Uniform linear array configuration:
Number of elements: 48
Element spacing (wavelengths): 0.5
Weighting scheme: hamming
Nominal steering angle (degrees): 0
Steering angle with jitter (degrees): -1.539
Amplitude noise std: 0.05
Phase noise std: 0.05

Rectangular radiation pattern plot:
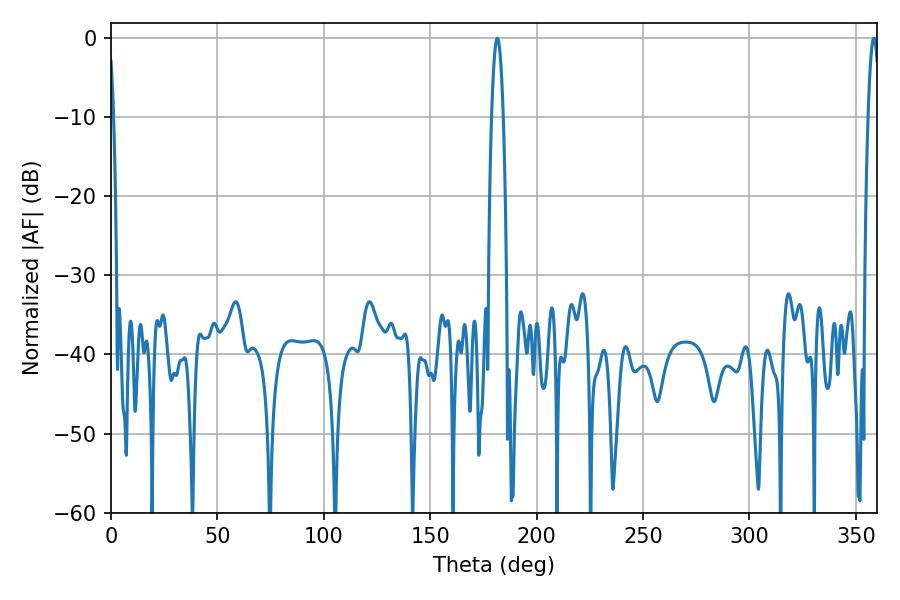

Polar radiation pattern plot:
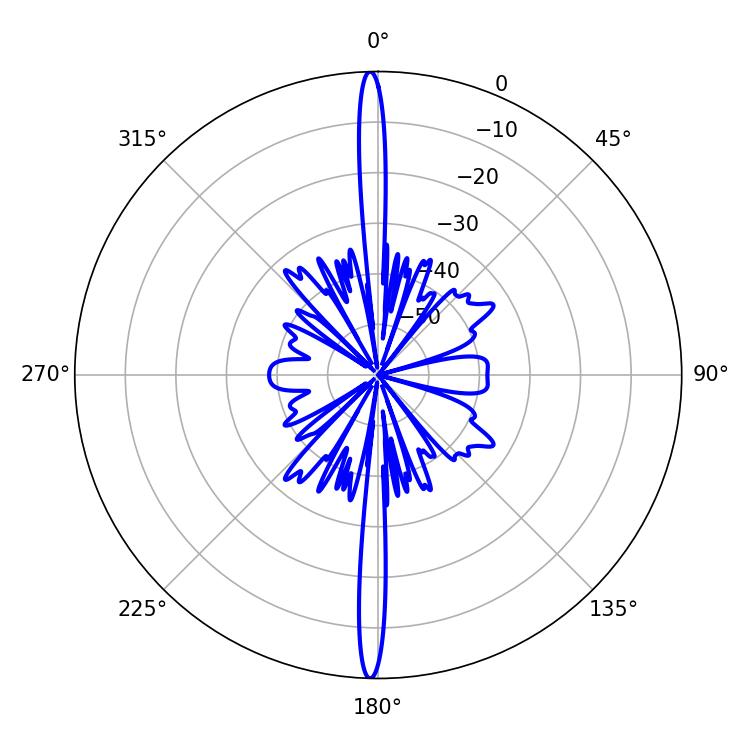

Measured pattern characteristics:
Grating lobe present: FALSE
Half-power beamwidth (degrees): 3.06
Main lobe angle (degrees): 181.62